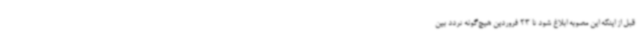
قبل از اینکه این مصوبه ابلاغ شود تا 23 فروردین هیچ‌گونه تردد بین